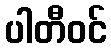
ပါတီဝင်